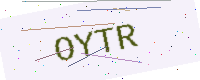
Text: OYTR